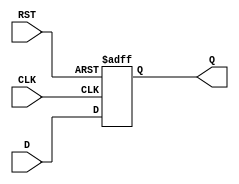
module DataRegister (
    input wire D,      // Data Input
    input wire CLK,    // Clock Input
    input wire RST,    // Reset Input
    output reg Q       // Data Output
);

// Asynchronous Reset and Synchronous Capture
always @(posedge CLK or posedge RST) begin
    if (RST) begin
        Q <= 1'b0;    // Clear the register to zero on reset
    end else begin
        Q <= D;       // Capture the input data on the rising edge of the clock
    end
end

endmodule